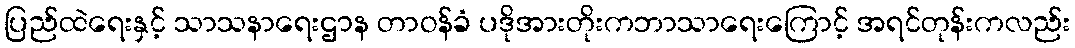
ပြည်ထဲရေးနှင့် သာသနာရေးဌာန တာဝန်ခံ ပဒိုအားတိုးကဘာသာရေးကြောင့် အရင်တုန်းကလည်း